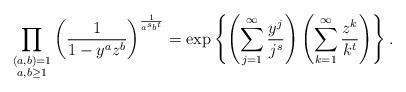
LaTeX: \begin{align*} \prod_{\substack{ (a,b)=1 \\ a,b \geq 1}} \left( \frac{1}{1-y^a z^b} \right)^{\frac{1}{a^s b^t}} = \exp\left\{ \left( \sum_{j=1}^{\infty} \frac{y^j}{j^s}\right) \left( \sum_{k=1}^{\infty} \frac{z^k}{k^t}\right) \right\}. \end{align*}